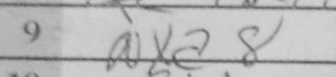
Transcription: Nxa8